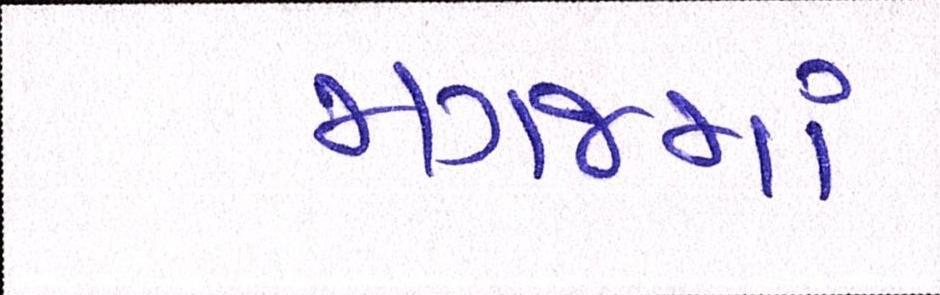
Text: મગજમાં